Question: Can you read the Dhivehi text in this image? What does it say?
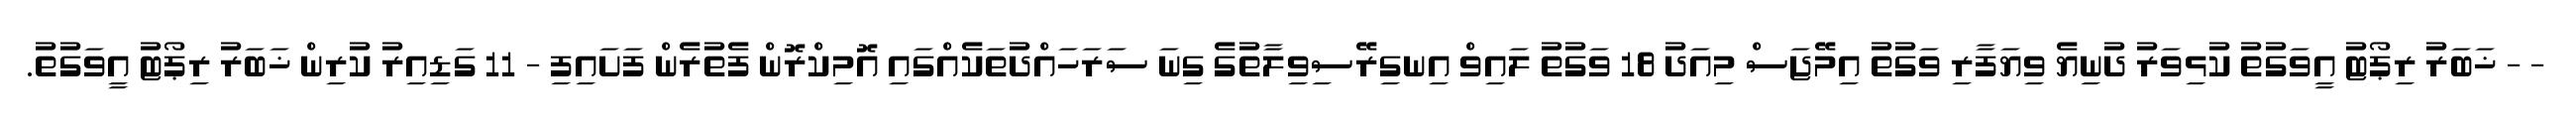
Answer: - - ޚަބަރު ރިޕޯޓު އީވަގުތު ކުޅިވަރު ދުނިޔެ ވިޔަފާރި ވަގުތު އިމޭޖަސް މިއަދު 18 ވަގުތު ލައިވް އިނގިރޭސިވިލާތުގެ ގިނަ ސަރަހައްދުތަކެއްގައި އޮމިކްރޮން ފެތުރެން ފަށައިފި - 11 ގަޑިއިރު ކުރިން ޚަބަރު ރިޕޯޓު އީވަގުތު.